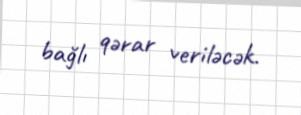
bağlı qərar veriləcək.